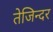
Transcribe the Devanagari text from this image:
तेजिन्दर